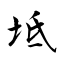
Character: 坻